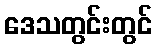
ဒေသတွင်းတွင်